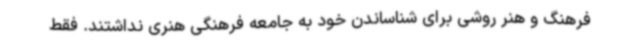
فرهنگ و هنر روشی برای شناساندن خود به جامعه فرهنگی هنری نداشتند. فقط